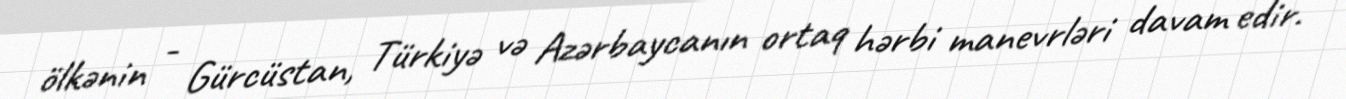
ölkənin - Gürcüstan, Türkiyə və Azərbaycanın ortaq hərbi manevrləri davam edir.